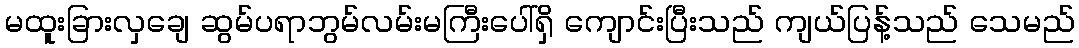
မထူးခြားလှချေ ဆွမ်ပရာဘွမ်လမ်းမကြီးပေါ်ရှိ ကျောင်းပြီးသည် ကျယ်ပြန့်သည် သေမည်